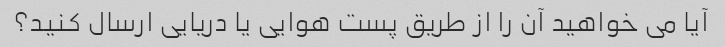
آیا می خواهید آن را از طریق پست هوایی یا دریایی ارسال کنید؟